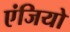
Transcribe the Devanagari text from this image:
एंजियो